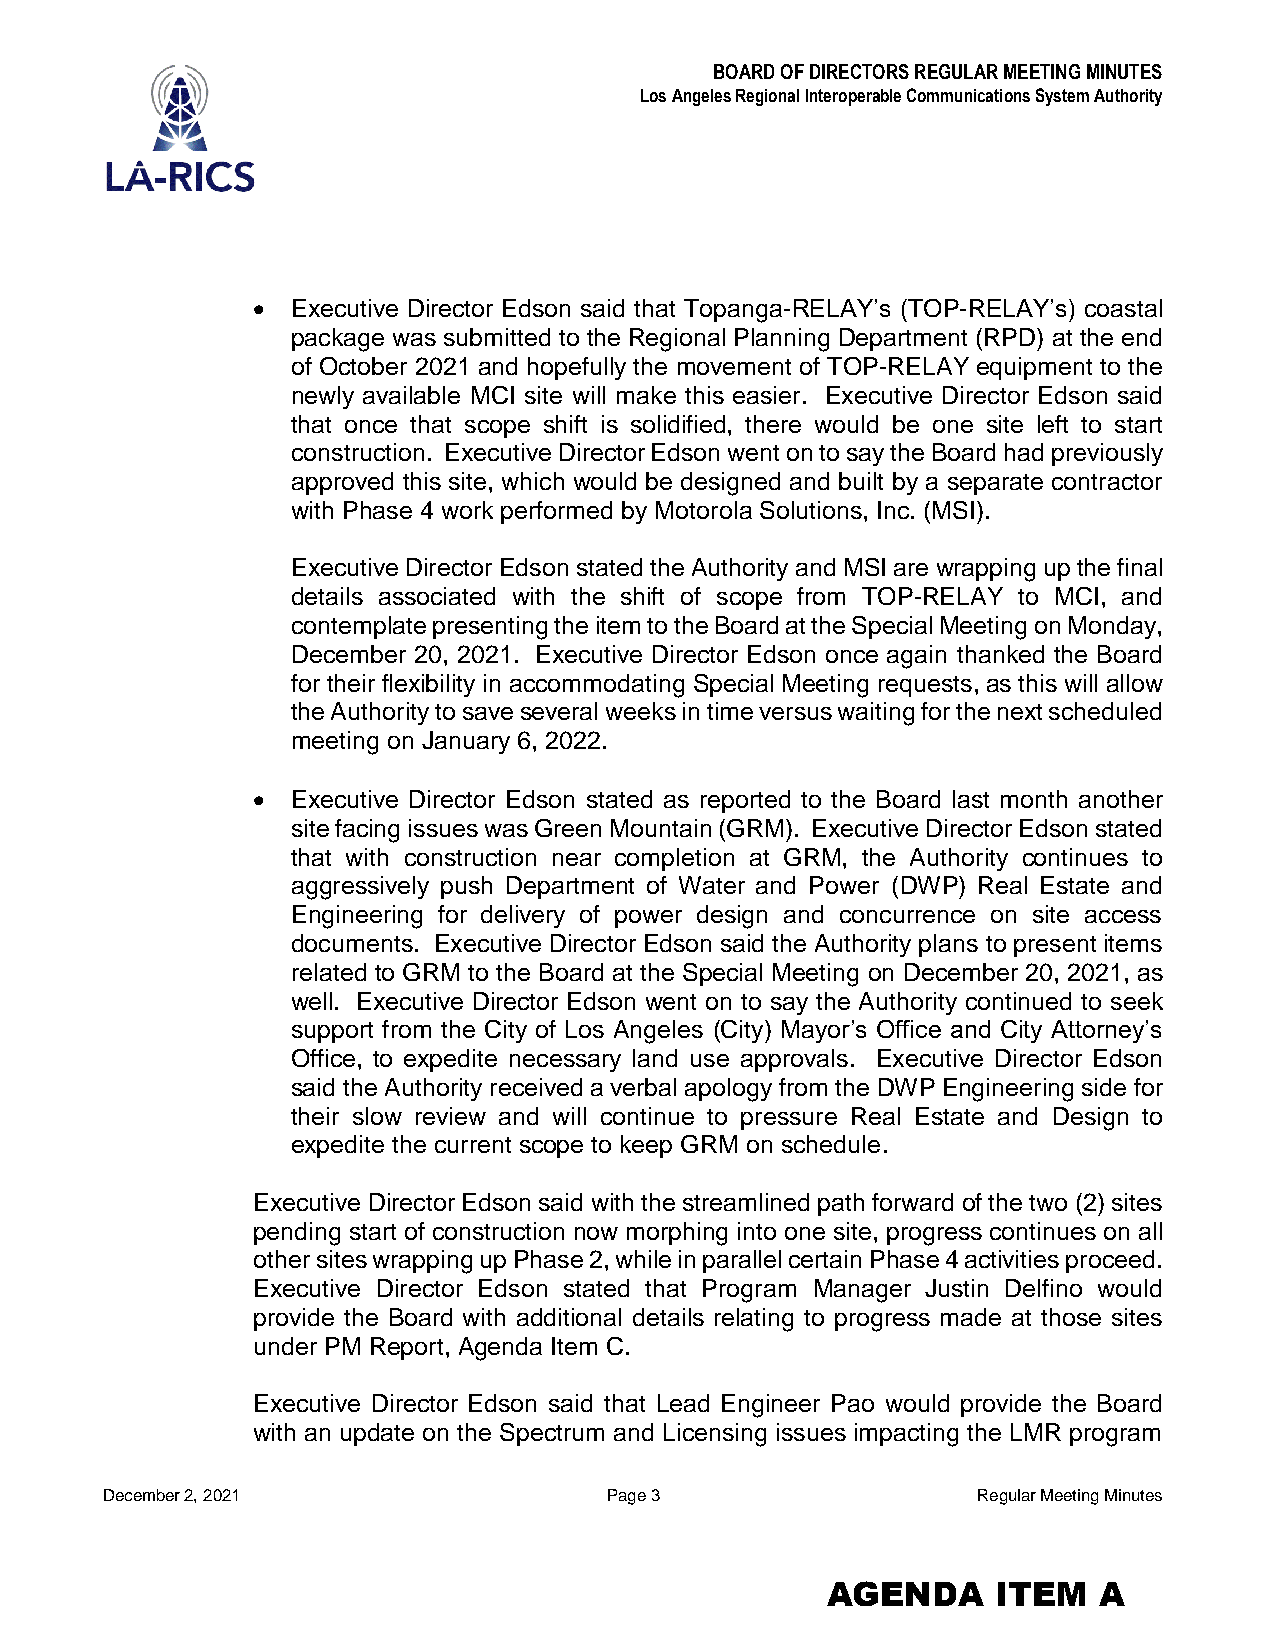
BOARD OF DIRECTORS REGULAR MEETING MINUTES
 Los Angeles Regional Interoperable Communications System Authority
  Executive Director Edson said that Topanga-RELAY’s (TOP-RELAY’s) coastal
 package was submitted to the Regional Planning Department (RPD) at the end
 of October 2021 and hopefully the movement of TOP-RELAY equipment to the
 newly available MCI site will make this easier. Executive Director Edson said
 that once that scope shift is solidified, there would be one site left to start
 construction. Executive Director Edson went on to say the Board had previously
 approved this site, which would be designed and built by a separate contractor
 with Phase 4 work performed by Motorola Solutions, Inc. (MSI).
 Executive Director Edson stated the Authority and MSI are wrapping up the final
 details associated with the shift of scope from TOP-RELAY to MCI, and
 contemplate presenting the item to the Board at the Special Meeting on Monday,
 December 20, 2021. Executive Director Edson once again thanked the Board
 for their flexibility in accommodating Special Meeting requests, as this will allow
 the Authority to save several weeks in time versus waiting for the next scheduled
 meeting on January 6, 2022.
  Executive Director Edson stated as reported to the Board last month another
 site facing issues was Green Mountain (GRM). Executive Director Edson stated
 that with construction near completion at GRM, the Authority continues to
 aggressively push Department of Water and Power (DWP) Real Estate and
 Engineering for delivery of power design and concurrence on site access
 documents. Executive Director Edson said the Authority plans to present items
 related to GRM to the Board at the Special Meeting on December 20, 2021, as
 well. Executive Director Edson went on to say the Authority continued to seek
 support from the City of Los Angeles (City) Mayor’s Office and City Attorney’s
 Office, to expedite necessary land use approvals. Executive Director Edson
 said the Authority received a verbal apology from the DWP Engineering side for
 their slow review and will continue to pressure Real Estate and Design to
 expedite the current scope to keep GRM on schedule.
 Executive Director Edson said with the streamlined path forward of the two (2) sites
 pending start of construction now morphing into one site, progress continues on all
 other sites wrapping up Phase 2, while in parallel certain Phase 4 activities proceed.
 Executive Director Edson stated that Program Manager Justin Delfino would
 provide the Board with additional details relating to progress made at those sites
 under PM Report, Agenda Item C.
 Executive Director Edson said that Lead Engineer Pao would provide the Board
 with an update on the Spectrum and Licensing issues impacting the LMR program
 December 2, 2021                 Page 3                   Regular Meeting Minutes
 AGENDA     ITEM   A